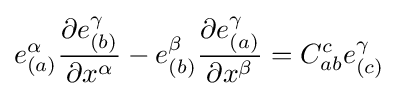
e_{(a)}^{\alpha }{\frac {\partial e_{(b)}^{\gamma }}{\partial x^{\alpha }}}-e_{(b)}^{\beta }{\frac {\partial e_{(a)}^{\gamma }}{\partial x^{\beta }}}=C_{ab}^{c}e_{(c)}^{\gamma }